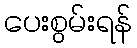
ပေးစွမ်းရန်